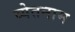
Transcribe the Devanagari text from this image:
व्येतनाम